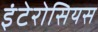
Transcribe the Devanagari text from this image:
इंटेरोसियस